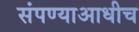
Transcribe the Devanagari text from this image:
संपण्याआधीच